Insane asylums Bombay 1873-77 - 1873-1877
Year: 1873
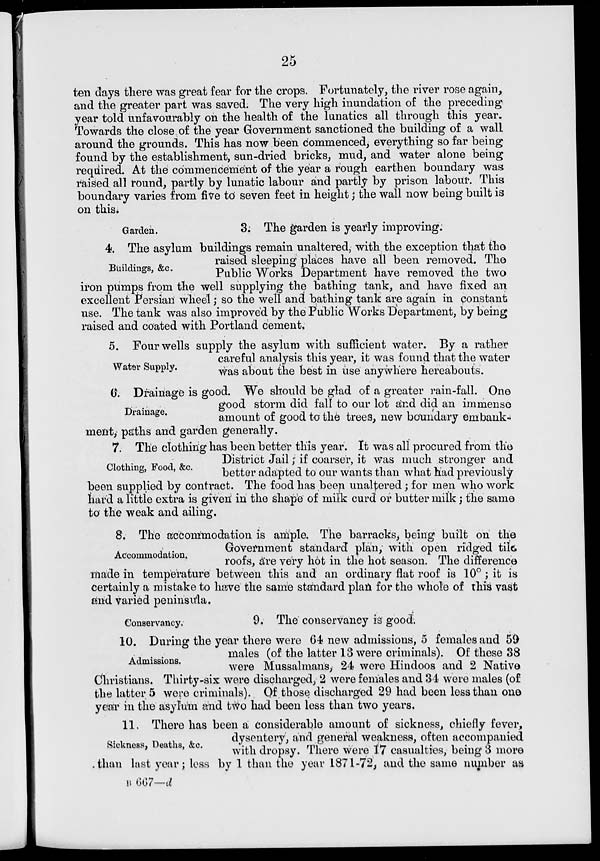
25
ten days there was great fear for the crops. Fortunately, the river rose again,
and the greater part was saved. The very high inundation of the preceding
year told unfavourably on the health of the lunatics all through this year.
Towards the close of the year Government sanctioned the building of a wall
around the grounds. This has now been commenced, everything so far being
found by the establishment, sun-dried bricks, mud, and water alone being
required. At the commencement of the year a rough earthen boundary was
raised all round, partly by lunatic labour and partly by prison labour. This
boundary varies from five to seven feet in height; the wall now being built is
on this.
Garden.
3. The garden is yearly improving.
Buildings, &c.
4. The asylum buildings remain unaltered, with the exception that the
raised sleeping places have all been removed. The
Public Works Department have removed the two
iron pumps from the well supplying the bathing tank, and have fixed an
excellent Persian wheel; so the well and bathing tank are again in constant
use. The tank was also improved by the Public Works Department, by being
raised and coated with Portland cement.
Water Supply.
5. Four wells supply the asylum with sufficient water. By a rather
careful analysis this year, it was found that the water
was about the best in use anywhere hereabouts.
Drainage.
6. Drainage is good. We should be glad of a greater rain-fall. One
good storm did fall to our lot and did an immense
amount of good to the trees, new boundary embank-
ment, paths and garden generally.
Clothing, Food, &c.
7. The clothing has been better this year. It was all procured from the
District Jail; if coarser, it was much stronger and
better adapted to our wants than what had previously
been supplied by contract. The food has been unaltered; for men who work
hard a little extra is given in the shape of milk curd or butter milk; the same
to the weak and ailing.
Accommodation.
8. The accommodation is ample. The barracks, being built on the
Government standard plan, with open ridged tile
roofs, are very hot in the hot season. The difference
made in temperature between this and an ordinary flat roof is 10°; it is
certainly a mistake to have the same standard plan for the whole of this vast
and varied peninsula.
Conservancy.
9. The conservancy is good.
Admissions.
10. During the year there were 64 new admissions, 5 females and 59
males (of the latter 13 were criminals). Of these 38
were Mussalmans, 24 were Hindoos and 2 Native
Christians. Thirty-six were discharged, 2 were females and 34 were males (of
the latter 5 were criminals). Of those discharged 29 had been less than one
year in the asylum and two had been less than two years.
Sickness, Deaths, &c.
11. There has been a considerable amount of sickness, chiefly fever,
dysentery, and general weakness, often accompanied
with dropsy. There were 17 casualties, being 3 more
than last year; less by 1 than the year 1871-72, and the same number as
B 667—d